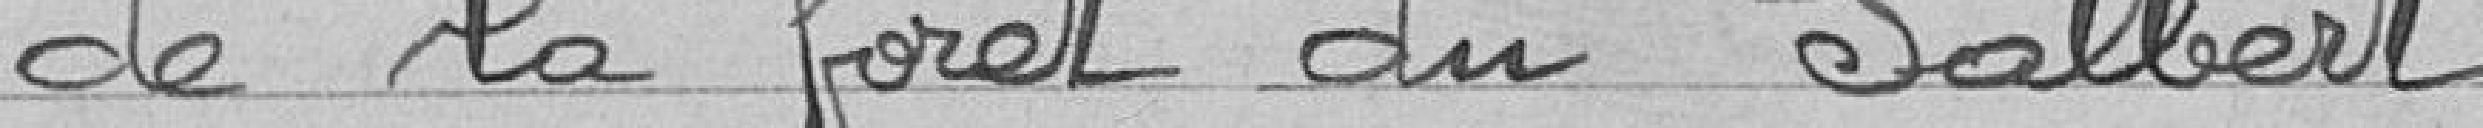
de la forêt du Salbert